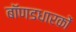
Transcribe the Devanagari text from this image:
बॉणडधारकों